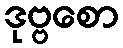
ဒုဗ္ဗစော